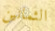
الثمانين